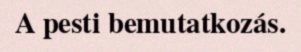
A pesti bemutatkozás.